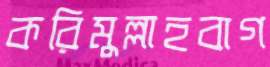
করিমুল্লাহবাগ